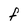
Character: F